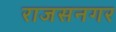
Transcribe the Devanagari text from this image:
राजसनगर